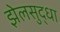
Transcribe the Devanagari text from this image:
झेलसुद्धा